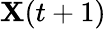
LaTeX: \mathbf{X}(t+1)